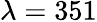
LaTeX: \lambda=351